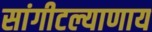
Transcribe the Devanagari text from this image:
सांगीटल्याणाय